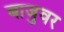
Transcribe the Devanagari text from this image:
बाजुवर